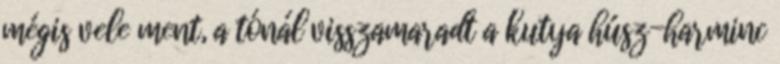
mégis vele ment, a tónál visszamaradt a kutya húsz-harminc